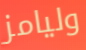
وليامز